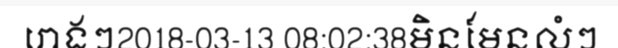
រោងៗ2018-03-13 08:02:38មិនមែនលំៗ